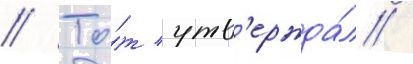
// То́т утв'ержда́л /